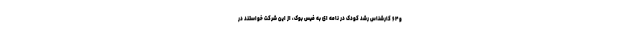
و ۶۴ کارشناس رشد کودک در نامه ای به فیس بوک، از این شرکت خواستند در